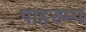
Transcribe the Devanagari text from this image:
पाहरुम्प